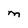
Character: M